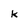
Character: k